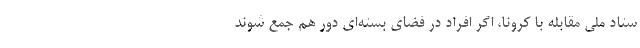
ستاد ملی مقابله با کرونا، اگر افراد در فضای بسته‌ای دور هم جمع شوند